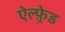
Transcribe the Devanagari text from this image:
ऐल्फ़्रेड